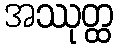
အဿုတ္ထ